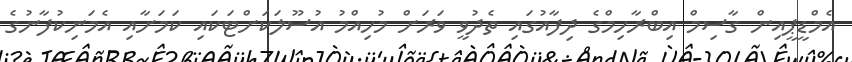
އެމްޑީޕީއިން ގާސިމް އިބްރާހިމްގެ ދިފާއުގައި ތެދުވީ ވަރަށް މުހިއްމު އުސޫލަކަށްޓަކައި ކަމަށާއި އެމަނިކުފާނުގެ